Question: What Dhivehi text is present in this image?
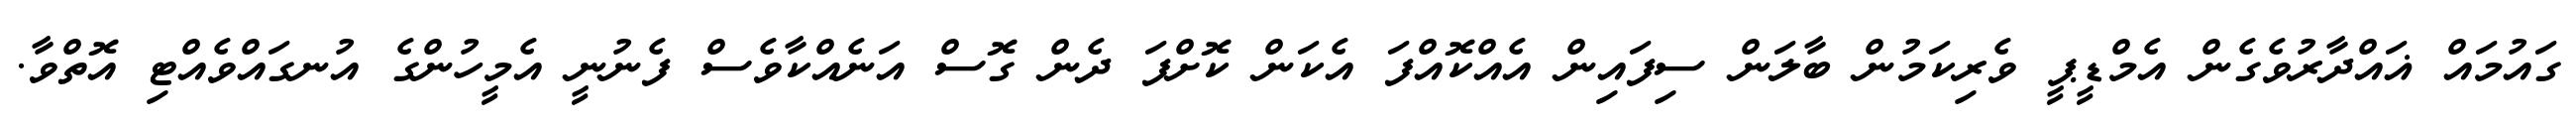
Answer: ގައުމައް ޣައްދާރުވެގެން އެމްޑީޕީ ވެރިކަމުން ބާލަން ސިފައިން އެއްކޮއްފަ އެކަން ކޮށްފަ ދެން ގޮސް އަނެއްކާވެސް ފެނުނީ އެމީހުންގެ އުނގައްވެއްޓި އޮތްވާ.